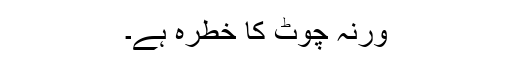
ورنہ چوٹ کا خطرہ ہے۔